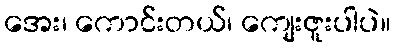
အေး၊ ကောင်းတယ်၊ ကျေးဇူးပါပဲ။